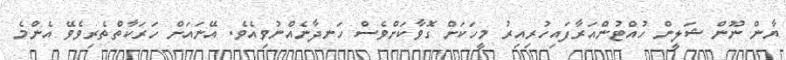
ޔާން ނޫން ޝަލީން ހުއްޓުންއަރާފައިހުރިއިރު މީހަކަށް ގޮވާކަށްވެސް ހަނދާނެއްނުވިއެވެ. އޭނައަށް ހަރަކާތްތެރިވެވޭ އެންމެ